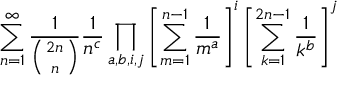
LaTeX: \sum _ { n = 1 } ^ { \infty } \frac { 1 } { \left( 2 n \atop n \right) } \frac { 1 } { n ^ { c } } \prod _ { a , b , i , j } \left[ \sum _ { m = 1 } ^ { n - 1 } \frac { 1 } { m ^ { a } } \right] ^ { i } \left[ \sum _ { k = 1 } ^ { 2 n - 1 } \frac { 1 } { k ^ { b } } \right] ^ { j }